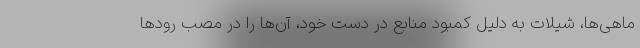
ماهی‌ها، شیلات به دلیل کمبود منابع در دست خود، آن‌ها را در مصب رودها